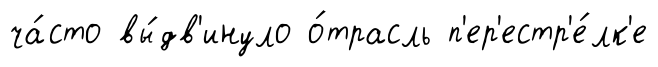
ча́сто вы́дв'инуло о́трасль п'ер'естр'е́лк'е